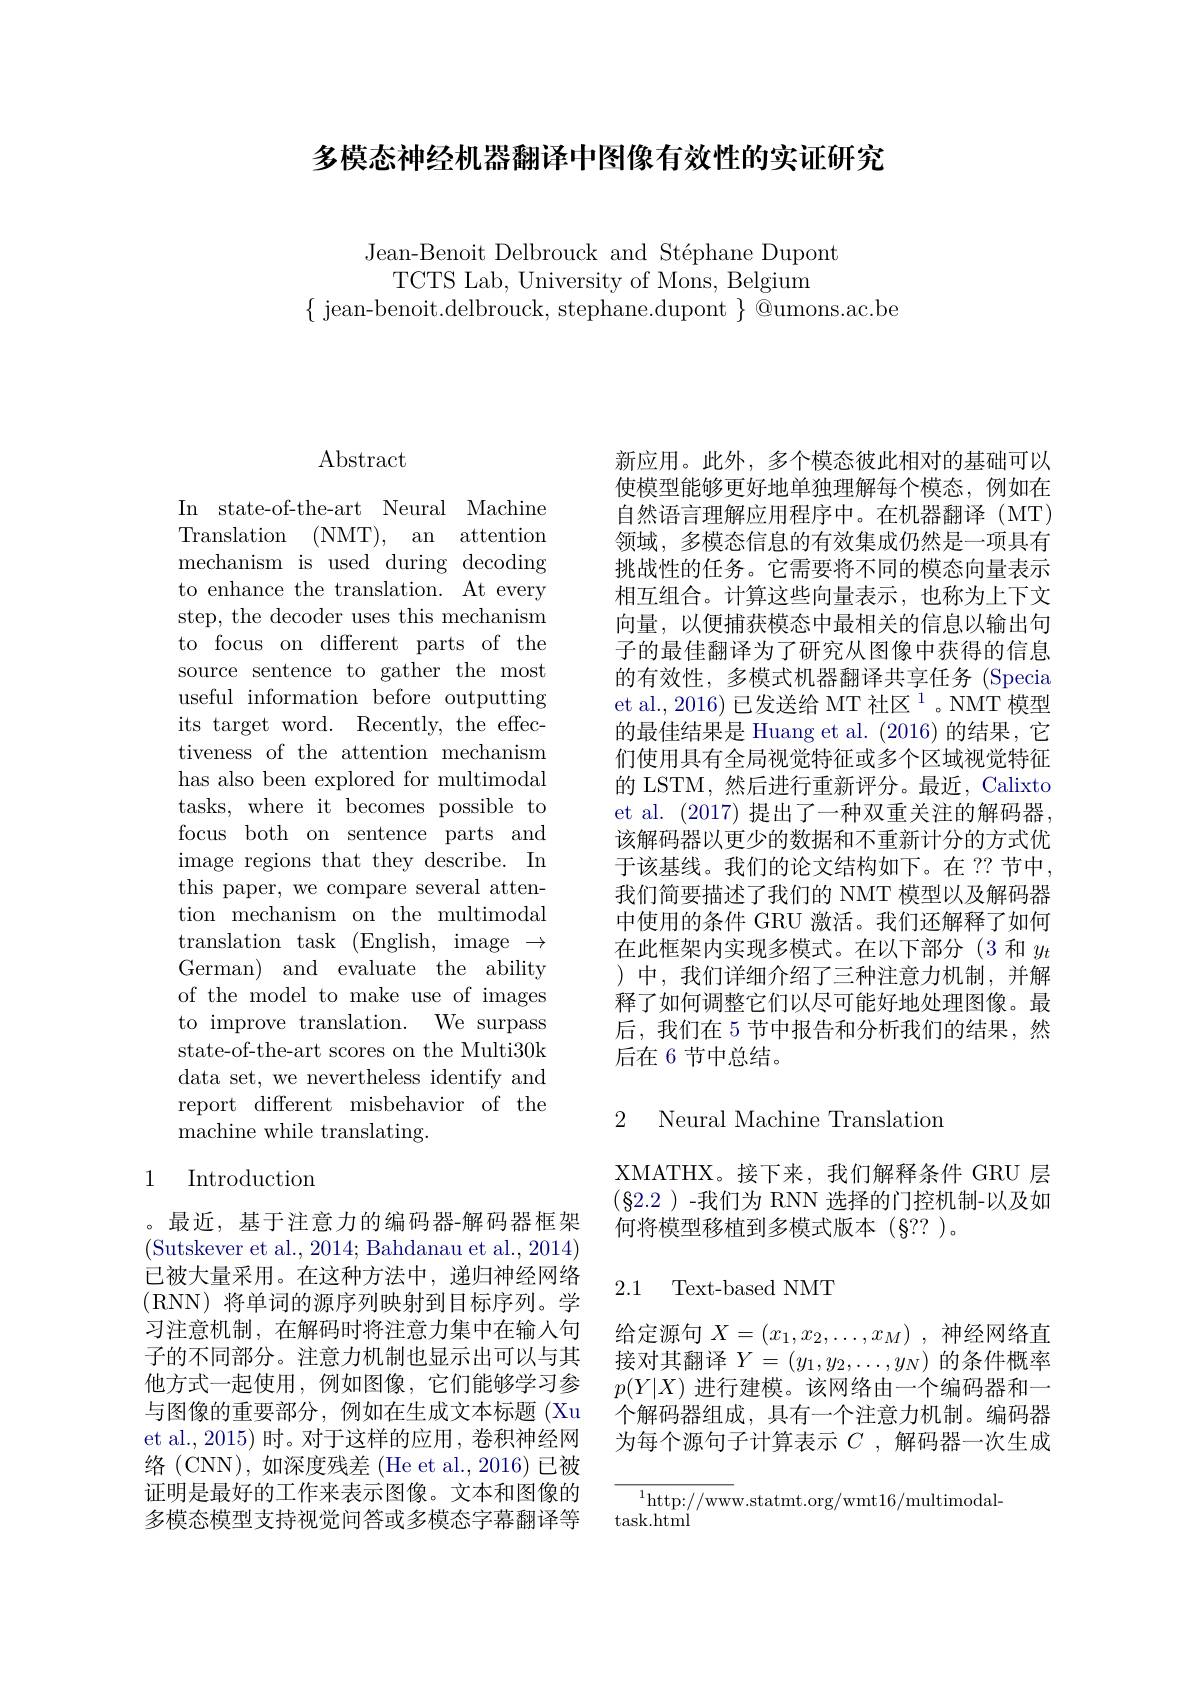
多模态神经机器翻译中图像有效性的实证研究

Jean-Benoit Delbrouck and Stéphane Dupont
TCTS Lab, University of Mons, Belgium
$\{$ jean-benoit.delbrouck, stephane.dupont $\}$ @umons.ac.be

## $\operatorname{Abstract}$

In state-of-the-art Neural Machine Translation (NMT), an attention mechanism is used during decoding to enhance the translation. At every step, the decoder uses this mechanism to focus on different parts of the source sentence to gather the most useful information before outputting its target word. Recently, the effectiveness of the attention mechanism has also been explored for multimodal tasks, where it becomes possible to focus both on sentence parts and image regions that they describe. In this paper, we compare several attention mechanism on the multimodal translation task (English, image $\to$ German) and evaluate the ability of the model to make use of images to improve translation. We surpass state-of-the-art scores on the Multi30k data set, we nevertheless identify and report different misbehavior of the machine while translating.

### 1 Introduction

。最近，基于注意力的编码器-解码器框架(Sutskever et al., 2014; Bahdanau et al., 2014) 已被大量采用。在这种方法中，递归神经网络(RNN)将单词的源序列映射到目标序列。学习注意机制，在解码时将注意力集中在输入句子的不同部分。注意力机制也显示出可以与其他方式一起使用，例如图像，它们能够学习参与图像的重要部分，例如在生成文本标题(Xu et al., 2015) 时。对于这样的应用，卷积神经网络 (CNN),如深度残差 (He et al., 2016)已被证明是最好的工作来表示图像。文本和图像的多模态模型支持视觉问答或多模态字幕翻译等

新应用。此外，多个模态彼此相对的基础可以使模型能够更好地单独理解每个模态，例如在自然语言理解应用程序中。在机器翻译(MT) 领域，多模态信息的有效集成仍然是一项具有挑战性的任务。它需要将不同的模态向量表示相互组合。计算这些向量表示，也称为上下文向量，以便捕获模态中最相关的信息以输出句子的最佳翻译为了研究从图像中获得的信息的有效性，多模式机器翻译共享任务 (Specia et al., 2016) 已发送给 MT 社区$^1$。NMT 模型的最佳结果是 Huang et al. (2016)的结果，它们使用具有全局视觉特征或多个区域视觉特征的 LSTM, 然后进行重新评分。最近，Calixto et al. (2017)提出了一种双重关注的解码器， 该解码器以更少的数据和不重新计分的方式优于该基线。我们的论文结构如下。在 ?? 节中， 我们简要描述了我们的 NMT 模型以及解码器中使用的条件 GRU 激活。我们还解释了如何在此框架内实现多模式。在以下部分(3 和$y_{t}$ )中，我们详细介绍了三种注意力机制，并解释了如何调整它们以尽可能好地处理图像。最后，我们在 5 节中报告和分析我们的结果，然后在 6 节中总结。

2 Neural Machine Translation

XMATHX。接下来，我们解释条件 GRU 层$(\S2.2)$-我们为 RNN 选择的门控机制-以及如何将模型移植到多模式版本(§??)。

2.1 Text-based NMT

给定源句$X= ( x_1, x_2, \ldots , x_M)$ ,神经网络直接对其翻译$Y=\left(y_1,y_2,\ldots,y_N\right)$的条件概率$p(Y|X)$进行建模。该网络由一个编码器和一个解码器组成，具有一个注意力机制。编码器为每个源句子计算表示$C$ ,解码器一次生成

${^{1}\mathrm{http://www.statmt.org/wmt16/multimodal-}}$
task. html